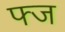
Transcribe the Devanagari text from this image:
फ्ज